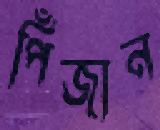
পিঁজান